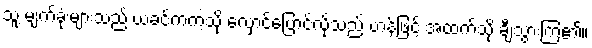
သူ့ မျက်ခုံးများသည် ယခင်ကကဲ့သို့ လှောင်ပြောင်လိုသည့် ဟန်ဖြင့် အထက်သို့ ချီသွားကြ၏။